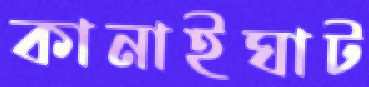
কানাইঘাট